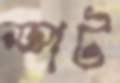
স্পট